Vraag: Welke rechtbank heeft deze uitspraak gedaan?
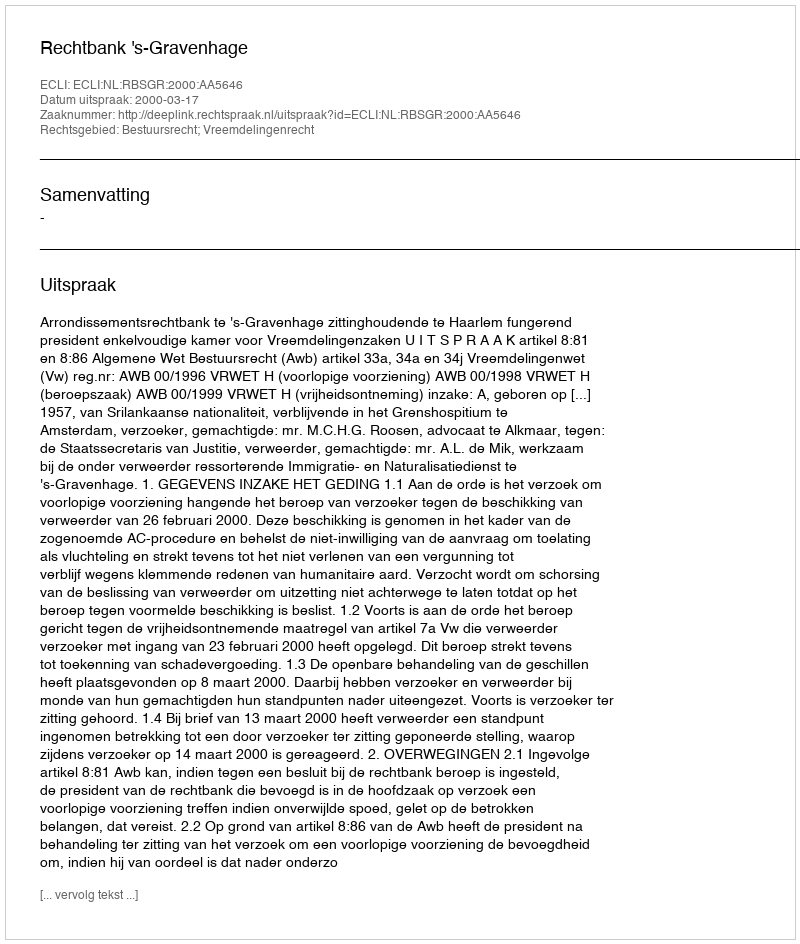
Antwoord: Rechtbank 's-Gravenhage